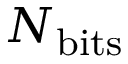
N _ { \mathrm { b i t s } }